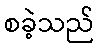
စခဲ့သည်